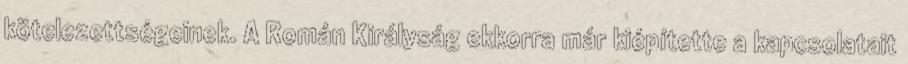
kötelezettségeinek. A Román Királyság ekkorra már kiépítette a kapcsolatait